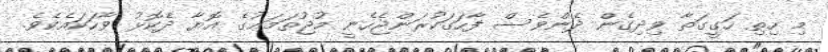
މި ހިތި ހަގީގަތާ ވިދިގެން ދެންވެސް ފާހަގަކުރަންޖެހެނީ މުޖުތަމަޢުގެ އޮޔާ ދެކޮޅު ވާހަކައެކެވެ.